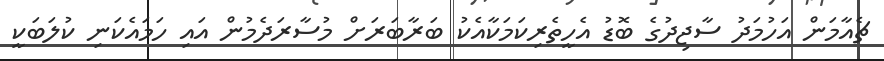
ޗެއާމަން އަހުމަދު ސާޖިދުގެ ބޮޑު އެހީތެރިކަމަކާއެކު ބަރާބަރަށް މުސާރަދެމުން އައި ހަމައެކަނި ކުލަބަކީ